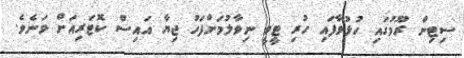
ސިޓިން ރޫމުގައި ހުޅުވާފައި ހުރި ޓީވީ ނިވާލުމަށްފަހު ޖިޔާ އައިސް ކޮޓަރިއަށް ވަނެވެ.